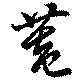
菴